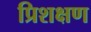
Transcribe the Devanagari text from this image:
प्रिशक्षण